Punjab Mental Hospital Lahore 1932-46 - 1932-1946
Year: 1932
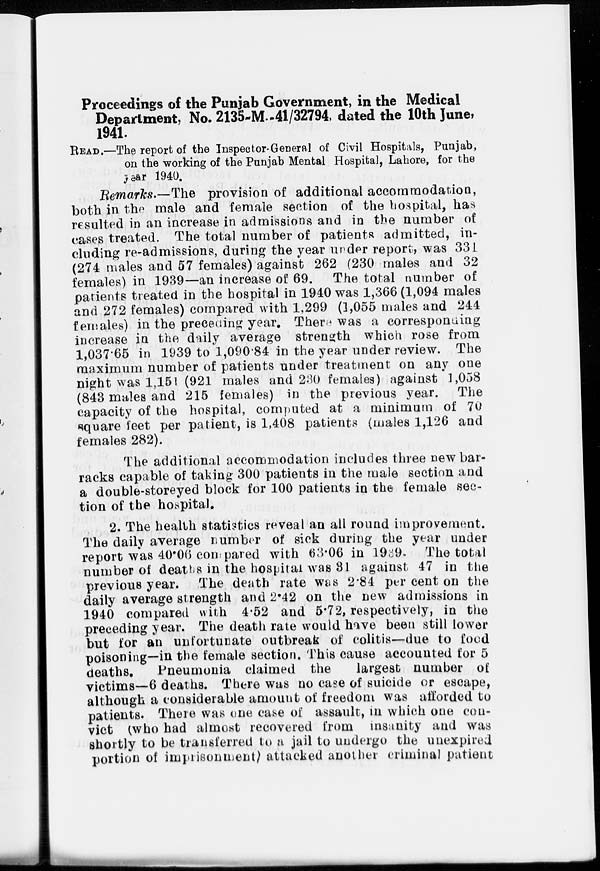
Proceedings of the Punjab Government, in the Medical
Department, No. 2135-M. -41/32794, dated the 10th June,
1941.
READ.—The report of the Inspector-General of Civil Hospitals, Punjab,
on the working of the Punjab Mental Hospital, Lahore, for the
year 1940.
Remarks—The provision of additional accommodation,
both in the male and female section of the hospital, has
resulted in an increase in admissions and in the number of
cases treated. The total number of patients admitted , in-
cluding re-admissions, during the year under report, was 331
(274 males and 57 females) against 262 (230 males and 32
females) in 1939—an increase of 69. The total number of
patients treated in the hospital in 1940 was 1,366 (1,094 males
and 272 females) compared with 1,299 (1,055 males and 244
females) in the preceding year. There was a corresponding
increase in the daily average strength which rose from
1,037.65 in 1939 to 1,090.84 in the year under review. The
maximum number of patients under treatment on any one
night was 1,151 (921 males and 230 females) against 1,058
(843 males and 215 females) in the previous year. The
capacity of the hospital, computed at a minimum of 70
square feet per patient, is 1,408 patients (males 1,126 and
females 282).
The additional accommodation includes three new bar-
racks capable of taking 300 patients in the male section and
a double-storeyed block for 100 patients in the female sec-
tion of the hospital.
2. The health statistics reveal an all round improvement.
The daily average number of sick during the year under
report was 40.06 compared with 63.06 in 1939. The total
number of deaths in the hospital was 31 against 47 in the
previous year. The death rate was 2.84 per cent on the
daily average strength and 2.42 on the new admissions in
1940 compared with 4.52 and 5.72, respectively, in the
preceding year. The death rate would have been still lower
but for an unfortunate outbreak of colitis—due to food
poisoning—in the female section. This cause accounted for 5
deaths.
Pneumonia claimed the
largest number of
victims—6 deaths. There was no case of suicide or escape,
although a considerable amount of freedom was afforded to
patients. There was one case of assault, in which one con-
vict (who had almost recovered from insanity and was
shortly to be transferred to a jail to undergo the unexpired
portion of imprisonment) attacked another criminal patient